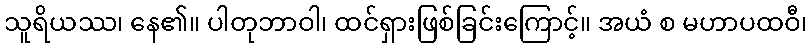
သူရိယဿ၊ နေ၏။ ပါတုဘာဝါ၊ ထင်ရှားဖြစ်ခြင်းကြောင့်။ အယံ စ မဟာပထဝီ၊